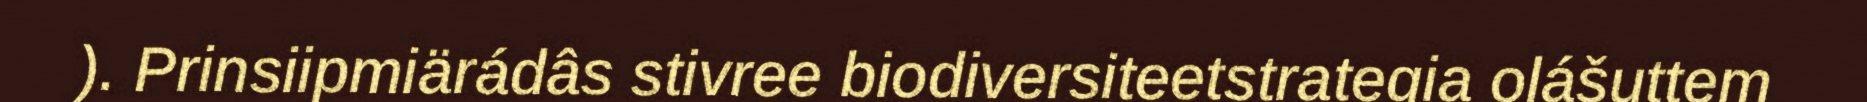
). Prinsiipmiärádâs stivree biodiversiteetstrategia olášuttem